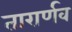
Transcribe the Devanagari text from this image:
तारार्णव